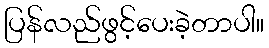
ပြန်လည်ဖွင့်ပေးခဲ့တာပါ။